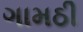
ગામઠી